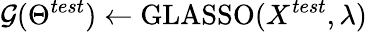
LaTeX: \mathcal{G}(\Theta^{test})\gets\mathrm{GLASSO}(X^{test},\lambda)